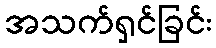
အသက်ရှင်ခြင်း